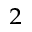
^ { 2 }